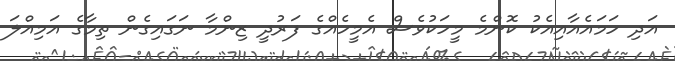
އަދި ހަމައެއާއިއެކު ކޮންމެ މީހަކުވެސް އެމީހެއްގެ ފަރުދީ ޒިންމާ ނަގައިގެން ތިމާގެ އަމިއްލަ